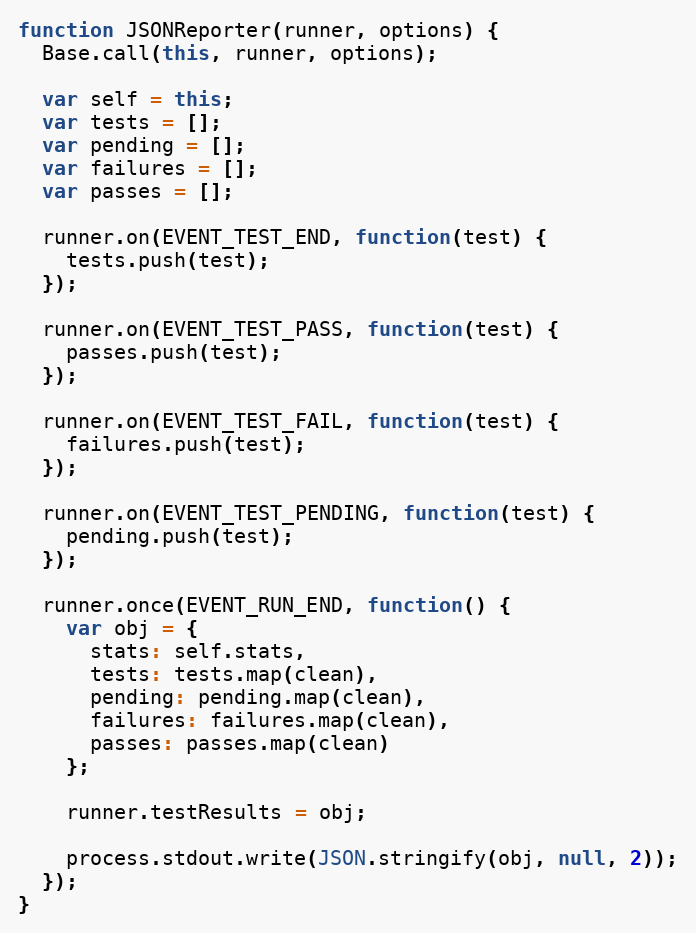
Language: JavaScript
function JSONReporter(runner, options) {
  Base.call(this, runner, options);

  var self = this;
  var tests = [];
  var pending = [];
  var failures = [];
  var passes = [];

  runner.on(EVENT_TEST_END, function(test) {
    tests.push(test);
  });

  runner.on(EVENT_TEST_PASS, function(test) {
    passes.push(test);
  });

  runner.on(EVENT_TEST_FAIL, function(test) {
    failures.push(test);
  });

  runner.on(EVENT_TEST_PENDING, function(test) {
    pending.push(test);
  });

  runner.once(EVENT_RUN_END, function() {
    var obj = {
      stats: self.stats,
      tests: tests.map(clean),
      pending: pending.map(clean),
      failures: failures.map(clean),
      passes: passes.map(clean)
    };

    runner.testResults = obj;

    process.stdout.write(JSON.stringify(obj, null, 2));
  });
}